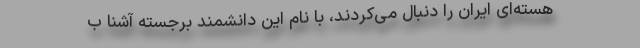
هسته‌ای ایران را دنبال می‌کردند، با نام این دانشمند برجسته آشنا ب